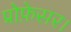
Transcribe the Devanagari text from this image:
प्रोफ़ेसर।